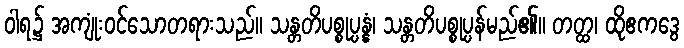
ဝါရ၌ အကျုံးဝင်သောတရားသည်။ သန္တတိပစ္စုပ္ပန္နံ၊ သန္တတိပစ္စုပ္ပန်မည်၏။ တတ္ထ၊ ထိုဧကဒွေ